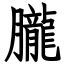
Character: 朧